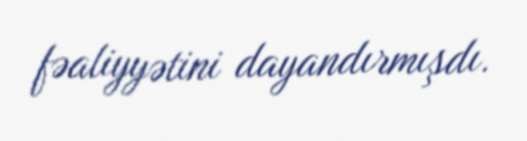
fəaliyyətini dayandırmışdı.